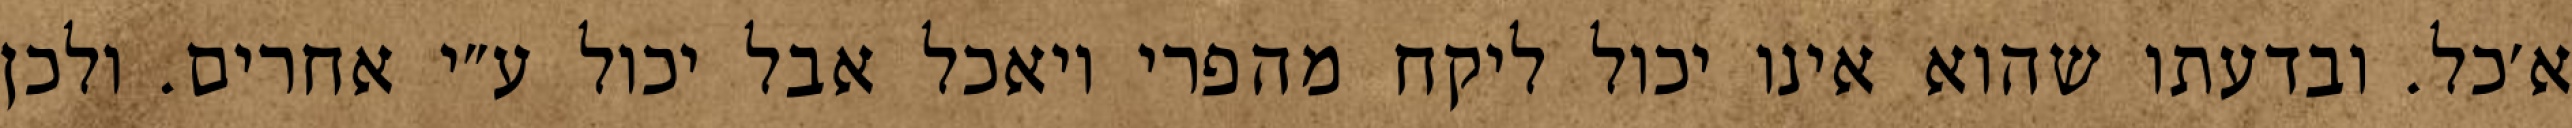
א׳כל. ובדעתו שהוא אינו יכול ליקח מהפרי ויאכל אבל יכול ע״י אחרים. ולכן